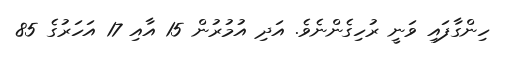
ހިންގާފައި ވަނީ ރުހިގެންނެވެ. އަދި އުމުރުން 15 އާއި 17 އަހަރުގެ 85